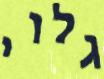
גלוי